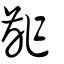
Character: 齚